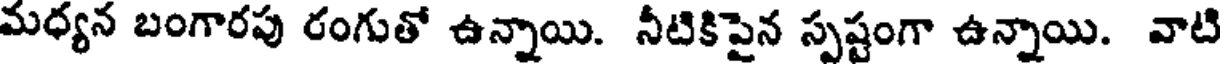
మధ్యన బంగారపు రంగుతో ఉన్నాయి. నీటికిపైన స్పష్టంగా ఉన్నాయి. వాటి